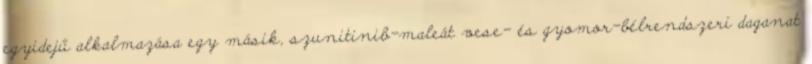
egyidejű alkalmazása egy másik, szunitinib-maleát vese- és gyomor-bélrendszeri daganat